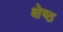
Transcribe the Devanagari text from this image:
क्षेष्ठ